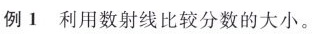
例1利用数射线比较分数的大小。